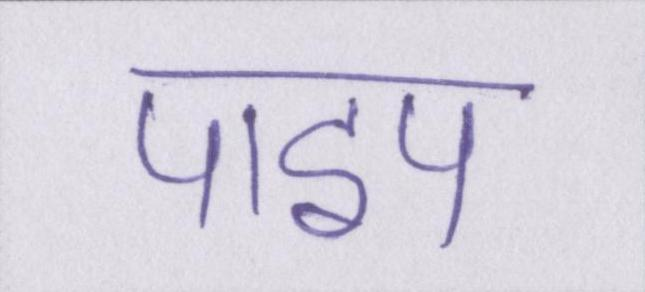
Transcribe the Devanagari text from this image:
पाइप